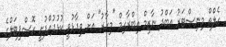
ހެލްތް މިނިސްޓަރު އަބްދު ނާޒިމް އިބްރާހިމް "މިހާރު" އަށް ވިދާޅުވީ ކުޅުދުއްފުށީ ހޮސްޕިޓަލްގެ